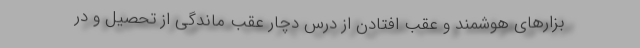
بزار‌های هوشمند و عقب افتادن از درس دچار عقب ماندگی از تحصیل و در